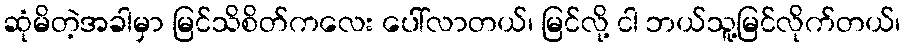
ဆုံမိတဲ့အခါမှာ မြင်သိစိတ်ကလေး ပေါ်လာတယ်၊ မြင်လို့ ငါ ဘယ်သူ့မြင်လိုက်တယ်၊